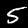
Label: 5